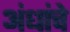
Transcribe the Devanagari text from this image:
अंधांचे